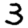
Digit: 3